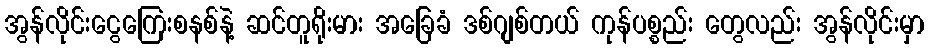
အွန်လိုင်းငွေကြေးစနစ်နဲ့ ဆင်တူရိုးမား အခြေခံ ဒစ်ဂျစ်တယ် ကုန်ပစ္စည်း တွေလည်း အွန်လိုင်းမှာ